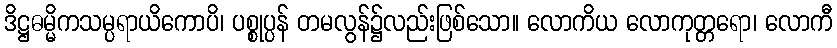
ဒိဋ္ဌဓမ္မိကသမ္ပရာယိကောပိ၊ ပစ္စုပ္ပန် တမလွန်၌လည်းဖြစ်သော။ လောကိယ လောကုတ္တရော၊ လောကီ